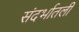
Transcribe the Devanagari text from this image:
संदर्भातली